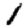
Digit: 1